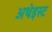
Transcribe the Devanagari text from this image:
अथेइस्ट